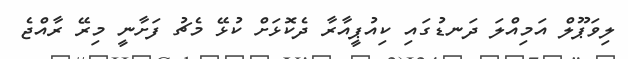
ލިވަޕޫލް އަމިއްލަ ދަނޑުގައި ކިއުޕީއާރާ ދެކޮޅަށް ކުޅޭ މެޗު ފަށާނީ މިރޭ ރާއްޖެ